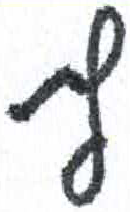
אות: ף